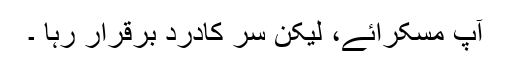
آپ مسکرائے، لیکن سر کادرد برقرار رہا ۔